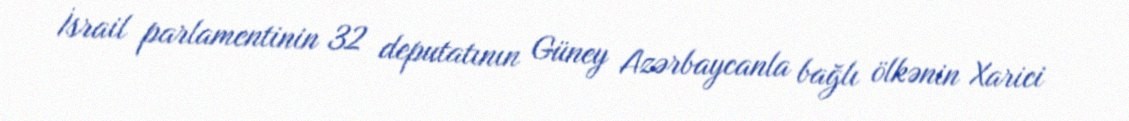
İsrail parlamentinin 32 deputatının Güney Azərbaycanla bağlı ölkənin Xarici